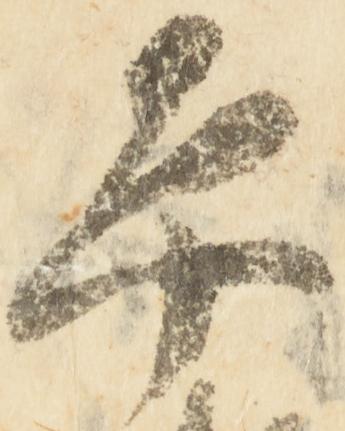
平